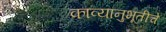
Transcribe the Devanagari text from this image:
काव्यानुभूतीचे